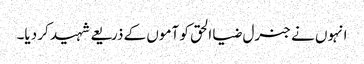
انہوں نے جنرل ضیا الحق کو آموں کے ذریعے شہید کر دیا۔